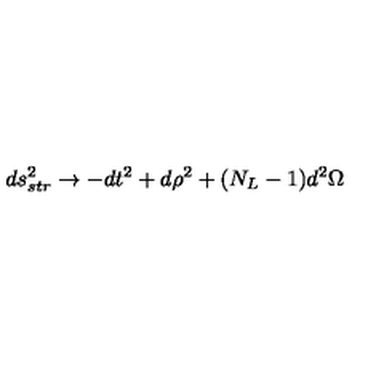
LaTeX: d s _ { s t r } ^ { 2 } \rightarrow - d t ^ { 2 } + d \rho ^ { 2 } + ( N _ { L } - 1 ) d ^ { 2 } \Omega